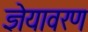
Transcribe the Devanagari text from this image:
ज्ञेयावरण